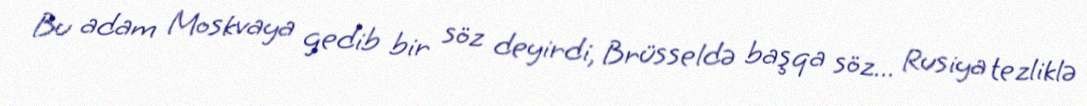
Bu adam Moskvaya gedib bir söz deyirdi, Brüsseldə başqa söz... Rusiya tezliklə